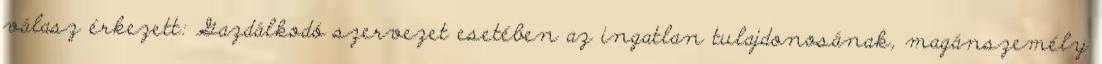
válasz érkezett: Gazdálkodó szervezet esetében az ingatlan tulajdonosának, magánszemély